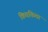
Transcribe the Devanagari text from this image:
किवकिवा